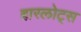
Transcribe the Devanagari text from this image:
हारलोट्स